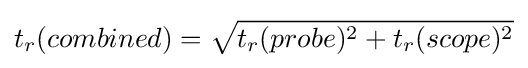
t_{r}(combined)={\sqrt {t_{r}(probe)^{2}+t_{r}(scope)^{2}}}